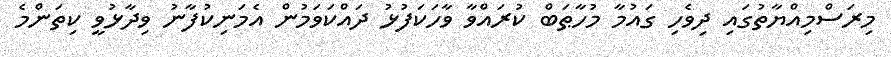
މިރަސްމިއްޔާތުގައި ދިވެހި ގައުމާ މުހާޠަބް ކުރައްވާ ވާހަކަފުޅު ދައްކަވަމުން އެމަނިކުފާނު ވިދާޅުވީ ކިތަންމެ